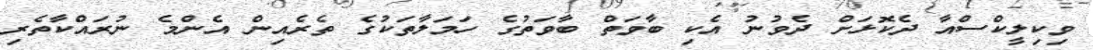
ވިކިލީކްސްއާ ދެކޮޅަށް ދެވުނު އެކި ބާވަތް ބާވަތުގެ ހަމަލާތަކުގެ ތެރެއިން އެންމެ ނުރައްކާތެރި